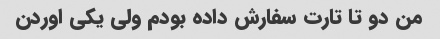
من دو تا تارت سفارش داده بودم ولی یکی اوردن